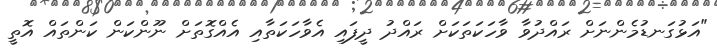
"އަޅުގަނޑުމެންނަށް ރައްދުވާ ވާހަކަތަކަށް ރައްދު ދީފައި އެވާހަކަތާއި އެއްގޮތަށް ނޫންކަން ކަންތައް އޮތީ